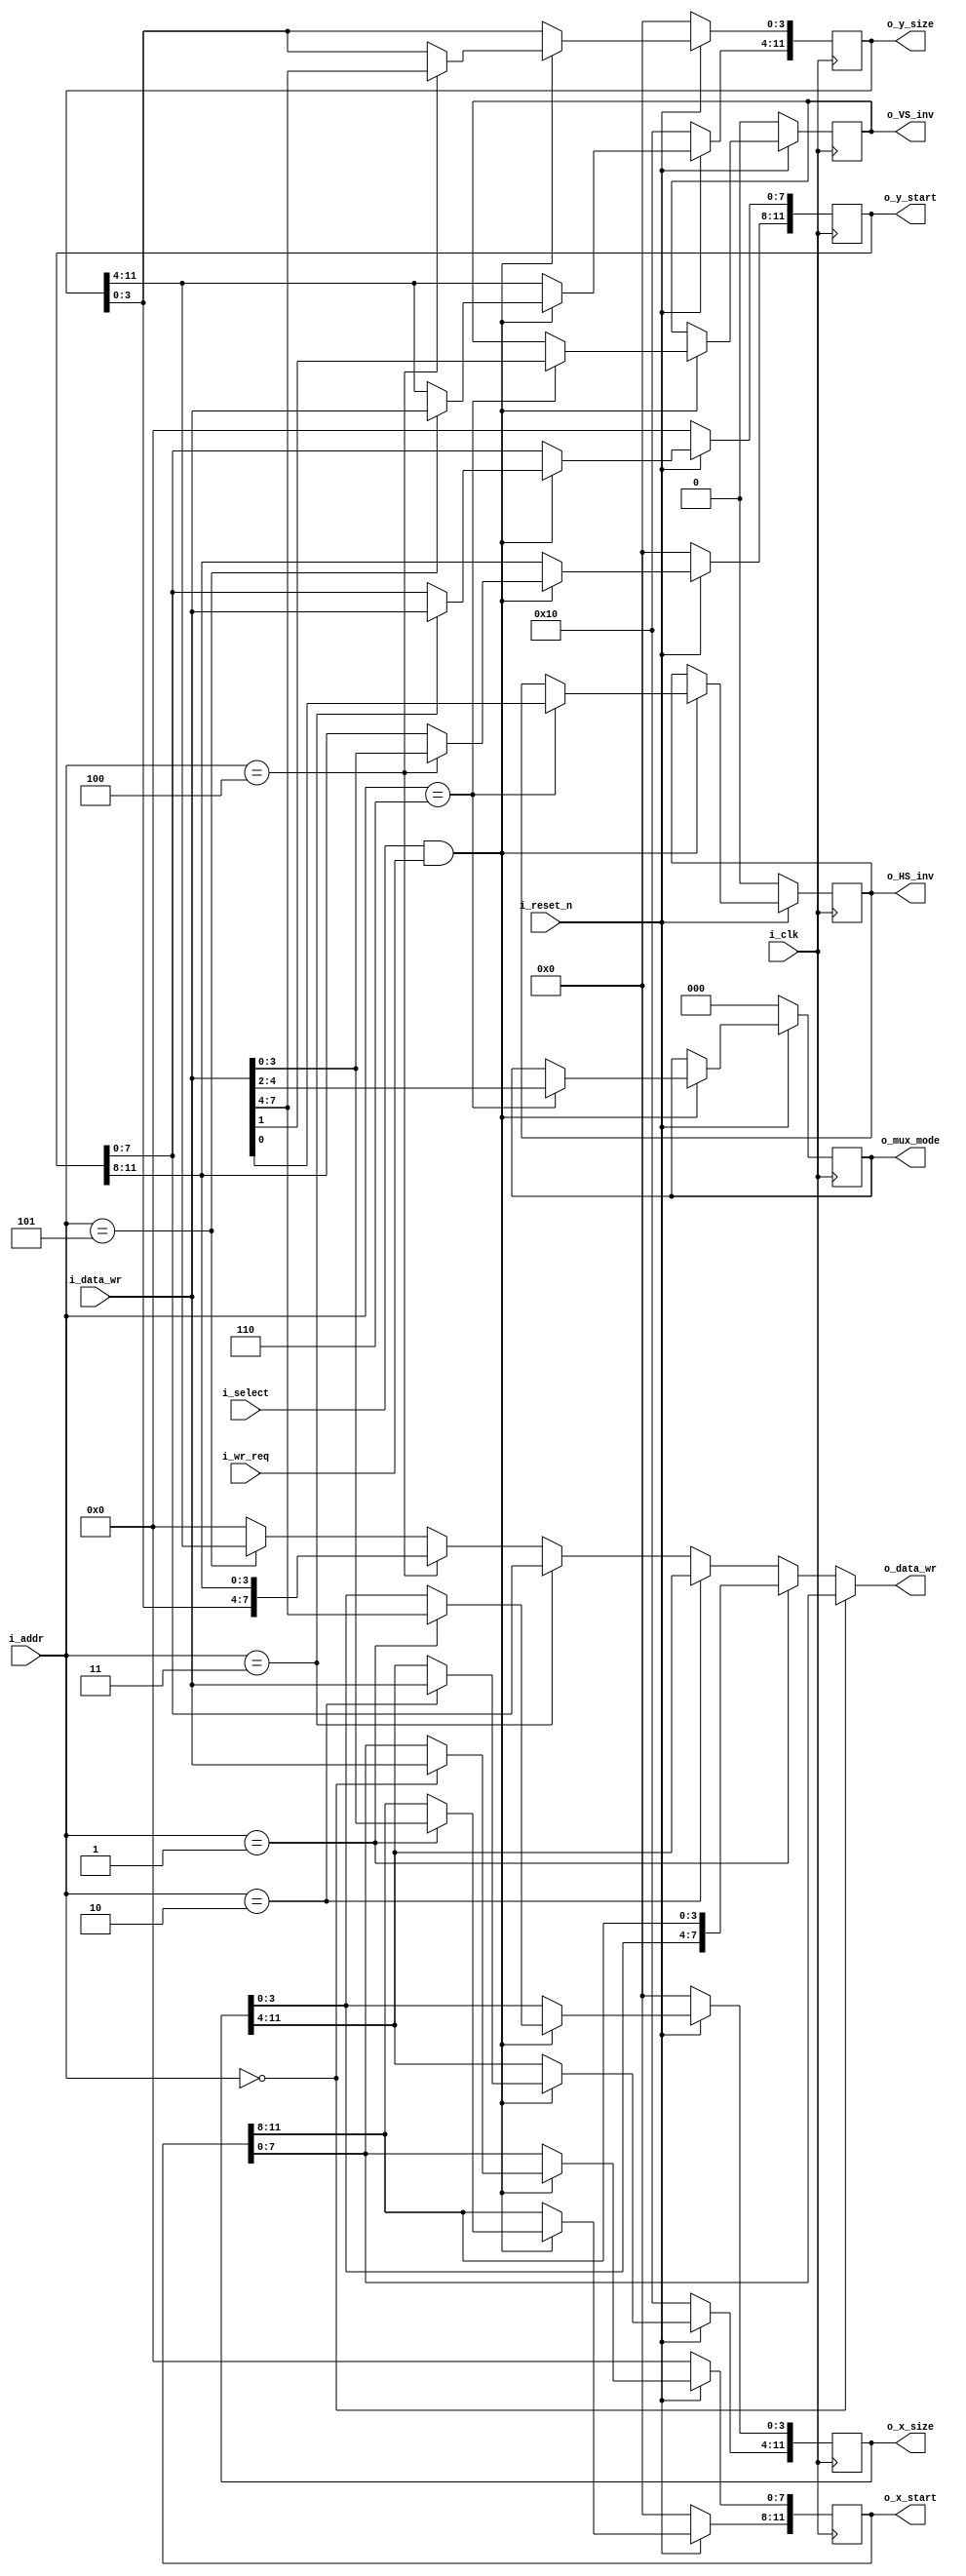
module vcap_regs
(
	input		wire			i_clk,
	input		wire			i_reset_n,
	input		wire[4:0]	i_addr,
	input		wire[7:0]	i_data_wr,
	input		wire			i_select,
	input		wire			i_wr_req,
	output	wire[7:0]	o_data_wr,
	//
	output	wire[11:0]	o_x_start,
	output	wire[11:0]	o_x_size,
	output	wire[11:0]	o_y_start,
	output	wire[11:0]	o_y_size,
	output	wire			o_HS_inv,
	output	wire			o_VS_inv,
	output	wire[2:0]	o_mux_mode
);

	reg[11:0]	r_x_start;
	reg[11:0]	r_x_size;
	reg[11:0]	r_y_start;
	reg[11:0]	r_y_size;
	reg			r_HS_inv, r_VS_inv;
	reg[2:0]		r_mux_mode;

	always @(posedge i_clk)
	begin
		if (i_reset_n == 1'b0)
		begin
			r_x_start <= 0;
			r_y_start <= 0;
			r_x_size <= 12'd256;
			r_y_size <= 12'd256;
			r_HS_inv <= 1'b0;
			r_VS_inv <= 1'b0;
			r_mux_mode <= 3'b0;
		end
			else if ((i_select == 1'b1) && (i_wr_req == 1'b1))
		begin
			case (i_addr)
				5'h00:
					begin
						r_x_start[7:0] <= i_data_wr;
					end
				5'h01:
					begin
						r_x_start[11:8] <= i_data_wr[3:0];
						r_x_size[3:0] <= i_data_wr[7:4];
					end
				5'h02:
					begin
						r_x_size[11:4] <= i_data_wr;
					end
				5'h03:
					begin
						r_y_start[7:0] <= i_data_wr;
					end
				5'h04:
					begin
						r_y_start[11:8] <= i_data_wr[3:0];
						r_y_size[3:0] <= i_data_wr[7:4];
					end
				5'h05:
					begin
						r_y_size[11:4] <= i_data_wr;
					end
				5'h06:
					begin
						r_HS_inv <= i_data_wr[0];
						r_VS_inv <= i_data_wr[1];
						r_mux_mode <= i_data_wr[4:2];
					end
			endcase
		end
	end
	
	assign o_data_wr =
		(i_addr == 5'h00) ? r_x_start[7:0] :
		(i_addr == 5'h01) ? { r_x_size[3:0], r_x_start[11:8] } :
		(i_addr == 5'h02) ? r_x_size[11:4] :
		(i_addr == 5'h03) ? r_y_start[7:0] :
		(i_addr == 5'h04) ? { r_y_size[3:0], r_y_start[11:8] } :
		(i_addr == 5'h05) ? r_y_size[11:4] :
		8'h00;

	assign o_x_start = r_x_start;
	assign o_x_size = r_x_size;
	assign o_y_start = r_y_start;
	assign o_y_size = r_y_size;
	assign o_HS_inv = r_HS_inv;
	assign o_VS_inv = r_VS_inv;
	assign o_mux_mode = r_mux_mode;

endmodule